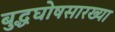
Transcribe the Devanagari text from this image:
बुद्धघोषसारख्या